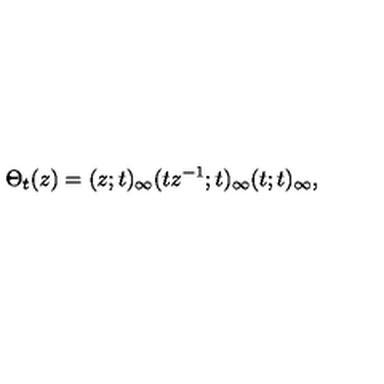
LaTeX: \Theta _ { t } ( z ) = ( z ; t ) _ { \infty } ( t z ^ { - 1 } ; t ) _ { \infty } ( t ; t ) _ { \infty } ,